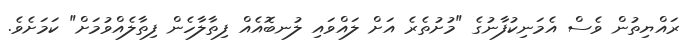
ރައްޔިތުން ވެސް އެމަނިކުފާނުގެ "މުށުތެރެ އަށް ލައްވައި ލުނބޮއެއް ފިތާލާހެން ފިތާލެއްވުމަށް" ކަމަށެވެ.